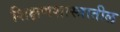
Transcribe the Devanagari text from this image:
शिक्षणशास्त्रातील